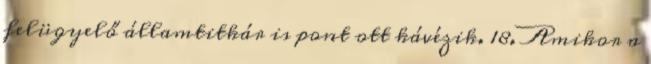
felügyelő államtitkár is pont ott kávézik. 18. Amikor a